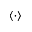
\langle \cdot \rangle